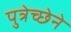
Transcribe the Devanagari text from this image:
पुत्रेच्छेने